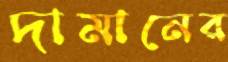
দামানের